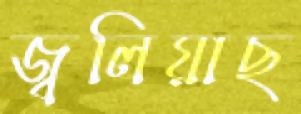
জ্বলিয়াছ